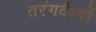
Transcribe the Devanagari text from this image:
तरंगदैध्यों